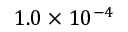
1 . 0 \times 1 0 ^ { - 4 }